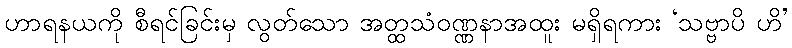
ဟာရနယကို စီရင်ခြင်းမှ လွတ်သော အတ္ထသံဝဏ္ဏနာအထူး မရှိရကား ‘သဗ္ဗာပိ ဟိ’